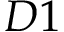
D 1